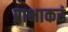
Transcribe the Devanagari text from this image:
प्राभाकरं